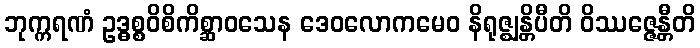
ဘုက္ကရဏံ ဥဒ္ဓစ္စဝိစိကိစ္ဆာဝသေန ဒေဝလောကမေဝ နိရုဇ္ဈန္တိပီတိ ဝိဿဇ္ဇေန္တီတိ